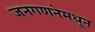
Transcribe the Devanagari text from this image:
जनगणनेमधून